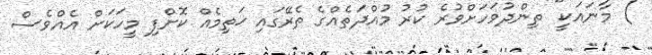
) މާނައަކީ" ތިންދުވަހަށްވުރެ ކުރު މުއްދަތެއްގެ ތެރޭގައި ޚަތިމެއް ކޮށްފި މީހަކަށް އެއްވެސް